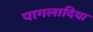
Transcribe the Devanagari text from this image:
पागलादिया